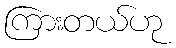
ကြားတယ်ဟု